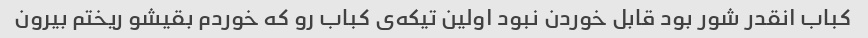
کباب انقدر شور بود قابل خوردن نبود اولین تیکه‌ی کباب رو که خوردم بقیشو ریختم بیرون